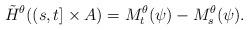
LaTeX: \begin{align*}\tilde{H}^{\theta}((s,t]\times A) = M^\theta_t(\psi)-M^\theta_s(\psi).\end{align*}